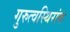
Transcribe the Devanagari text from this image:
गुरुत्वस्थिरांक